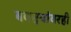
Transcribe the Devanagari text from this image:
बकऱ्यांवरही